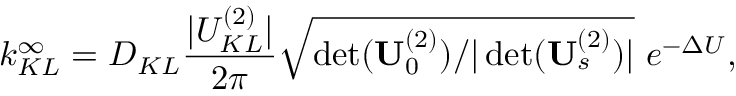
k _ { K L } ^ { \infty } = D _ { K L } \frac { | U _ { K L } ^ { ( 2 ) } | } { 2 \pi } \sqrt { { \operatorname* { d e t } ( \mathbf { U } _ { 0 } ^ { ( 2 ) } ) } / { | \operatorname* { d e t } ( \mathbf { U } _ { s } ^ { ( 2 ) } ) | } } \ e ^ { - \Delta U } ,